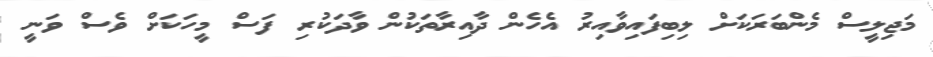
މަޖިލީސް މެންބަރަކަށް ލިބިފައިވާއިރު އެހެން ދާއިރާތަކުން ވާދަކުރި ފަސް މީހަކަށް ވެސް ވަނީ